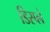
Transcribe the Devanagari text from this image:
डिस्‍प्‍ले